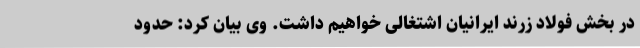
در بخش فولاد زرند ایرانیان اشتغالی خواهیم داشت. وی بیان کرد: حدود